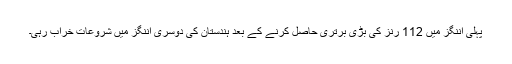
پہلی اننگز میں 112 رنز کی بڑی برتری حاصل کرنے کے بعد ہندستان کی دوسری اننگز میں شروعات خراب رہی۔